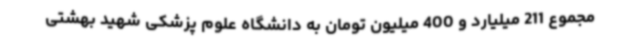
مجموع 211 میلیارد و 400 میلیون تومان به دانشگاه علوم پزشکی شهید بهشتی